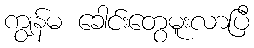
ကျွန်မ ခေါင်းတွေမူးလာပြီ